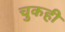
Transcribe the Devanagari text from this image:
चुकही